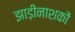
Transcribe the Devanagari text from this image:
झाड़ीनाशकों